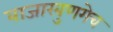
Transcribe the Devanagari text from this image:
बाजारबुणगेच